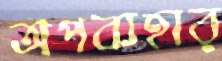
অপব্যহার